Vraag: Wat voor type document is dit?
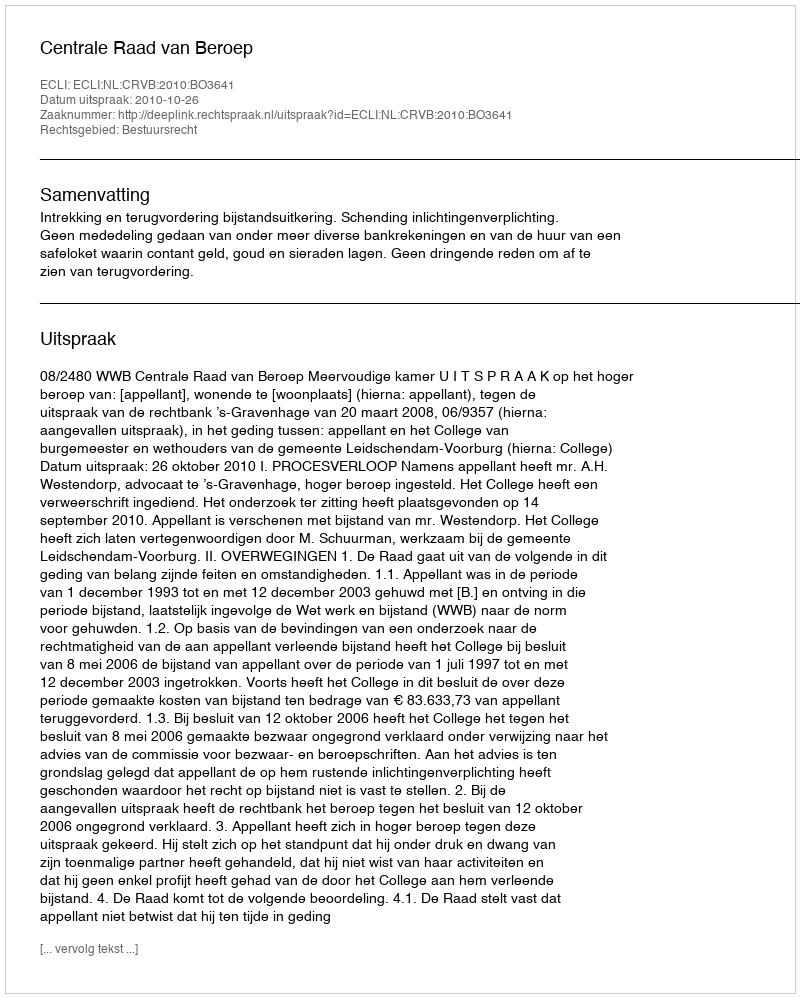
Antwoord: Uitspraak